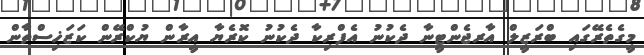
މީގެތެރޭގައި ބްރަޒީލް އާރޖެންޓީނާ ދެކުނު އެފްރިކާ ދެކުނު ކޮރެޔާ އީރާން ޔުކްރޭން ކަޒަޚިސްތާން